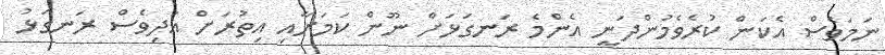
ނަމަވެސް އެކަން ކުރެވެމުންދަނީ އެންމެ ރަނގަޅަށް ނޫން ކަމަށާއި އިތުރަށް އަދިވެސް ރަނގަޅު